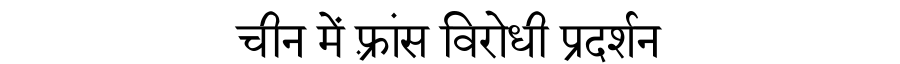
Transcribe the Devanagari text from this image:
चीन में फ़्रांस विरोधी प्रदर्शन